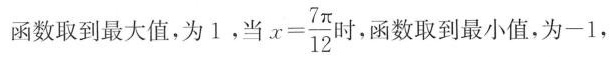
函数取到最大值，为1，当$$x = \frac { 7 π } { 1 2 }$$时 函数取到最小值，为-1，